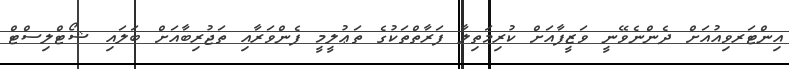
އިންޓަރވިއުއަށް ދެންނެވޭނީ ވަޒީފާއަށް ކުރިމަތިލާ ފަރާތްތަކުގެ ތަޢުލީމީ ފެންވަރާއި ތަޖުރިބާއަށް ބަލައި ޝޯޓްލިސްޓް